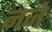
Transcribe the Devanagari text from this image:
नजे